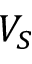
V _ { S }